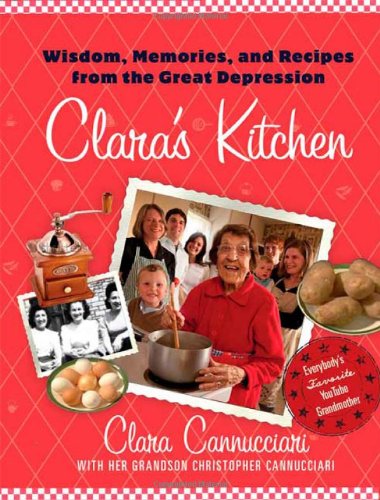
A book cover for Clara's Kitchen: Wisdom, Memories, and Recipes from the Great Depression; Clara Cannucciari; Cookbooks, Food & Wine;